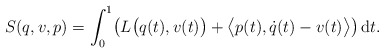
\begin{gather*} S ( q, v , p ) = \int _0 ^1 \bigl( L \bigl( q (t) , v (t) \bigr) + \bigl\langle p (t) , \dot{q} (t) - v (t) \bigr\rangle \bigr) \,\mathrm{d}t .\end{gather*}